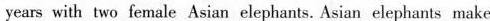
years with two female Asian elephants. Asian elephants make